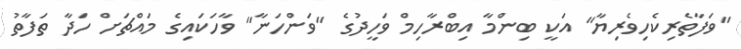
"ވަފާތެރިކެހިވެރިޔާ" އަކީ ބިންމާ އިބްރާހިމް ވަހީދުގެ "ވަންހަނާ" ވާހަކައިގެ މައްޗަށް ހަދާ ތަފާތު